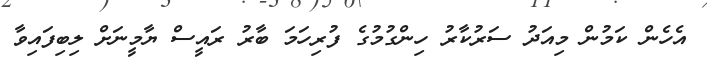
އެހެން ކަމުން މިއަދު ސަރުކާރު ހިންގުމުގެ ފުރިހަމަ ބާރު ރައީސް ޔާމީނަށް ލިބިފައިވާ